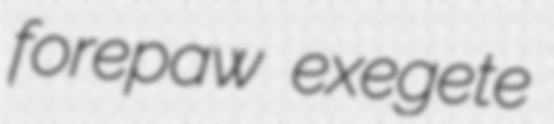
forepaw exegete